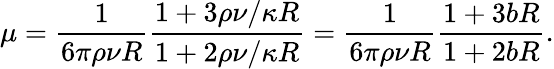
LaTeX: \mu=\frac{1}{6\pi\rho\nu R}\frac{1+3\rho\nu/\kappa R}{1+2\rho\nu/\kappa R}=\frac{1}{6\pi\rho\nu R}\frac{1+3bR}{1+2bR}.